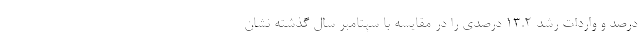
درصد و واردات رشد 13.2 درصدی را در مقایسه با سپتامبر سال گذشته نشان